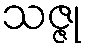
သဇ္ဇု